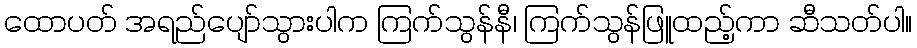
ထောပတ် အရည်ပျော်သွားပါက ကြက်သွန်နီ၊ ကြက်သွန်ဖြူထည့်ကာ ဆီသတ်ပါ။